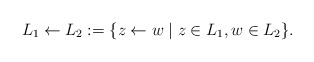
\begin{align*}L_1 \leftarrow L_2 := \{ z\leftarrow w \mid z \in L_1, w \in L_2\} .\end{align*}